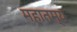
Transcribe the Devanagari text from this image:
महातम्य